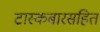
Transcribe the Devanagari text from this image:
टास्कबारसहित